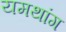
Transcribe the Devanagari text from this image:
यमथांग